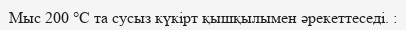
Мыс 200 °C та сусыз күкірт қышқылымен әрекеттеседі. :